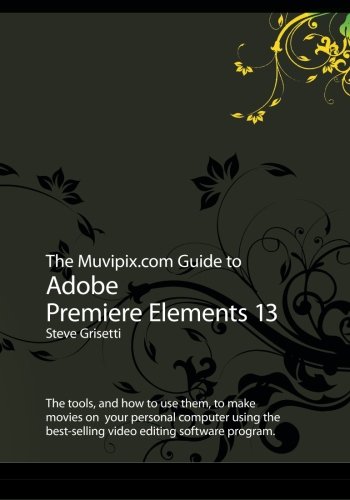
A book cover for The Muvipix.com Guide to Adobe Premiere Elements 13: The tools, and how to use them, to make movies on your personal computer using the best-selling video editing software program.; Steve Grisetti; Arts & Photography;